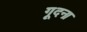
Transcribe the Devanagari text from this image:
गूदना